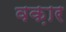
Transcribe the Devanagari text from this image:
वक़ार